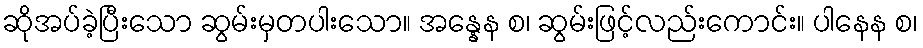
ဆိုအပ်ခဲ့ပြီးသော ဆွမ်းမှတပါးသော။ အန္နေန စ၊ ဆွမ်းဖြင့်လည်းကောင်း။ ပါနေန စ၊